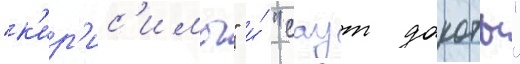
"к'ир'ис'имы" и́ "саут дакоты"